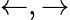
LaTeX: \leftarrow,\rightarrow